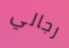
رجالي